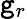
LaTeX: \mathtt{g}_{r}